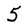
Character: 5